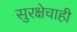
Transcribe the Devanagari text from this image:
सुरक्षेचाही